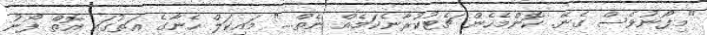
"މިފޯނުވެސް ގެނޭ. ކޮންމެހެން ޗެޓުކުރާނެކަމެއް ނެތް...." މައިކަލް ހެނާގެ އަތުގައި އޮތް ފޯނު